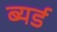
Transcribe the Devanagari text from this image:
ब्यर्ड